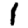
Digit: 1